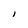
Character: l